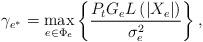
LaTeX: \begin{align*}{\gamma _{{e^*}}} = \mathop {\max }\limits_{e \in {\Phi _e}} \left\{ {\frac{{{P_t}{G_e} L\left(\left|X_e\right|\right) }}{{{\sigma_e^2}}}} \right\}, \end{align*}